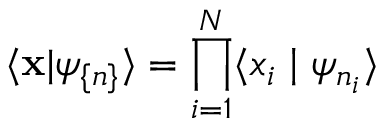
\langle \mathbf { x } | \psi _ { \{ n \} } \rangle = \prod _ { i = 1 } ^ { N } \langle x _ { i } \mid \psi _ { n _ { i } } \rangle